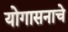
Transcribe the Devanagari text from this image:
योगासनाचे